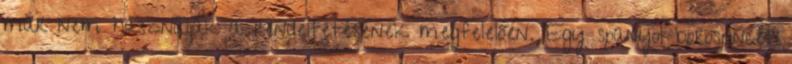
már nem használják a rendeltetésének megfelelően. Egy spanyol borospincét